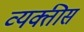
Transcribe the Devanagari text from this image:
व्‍यक्तीस